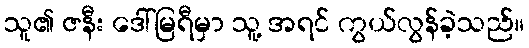
သူ၏ ဇနီး ဒေါ်မြရီမှာ သူ့ အရင် ကွယ်လွန်ခဲ့သည်။